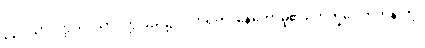
၃၃။ သာဝတ္ထိယံ၊ သာဝတ္ထိပြည်၌။ ဝိဟရတိ၊ နေတော်မူ၏။ ဘိက္ခဝေ၊ ရဟန်းတို့။